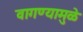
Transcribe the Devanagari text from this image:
वागण्यामुळे